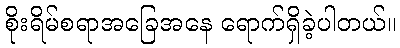
စိုးရိမ်စရာအခြေအနေ ရောက်ရှိခဲ့ပါတယ်။